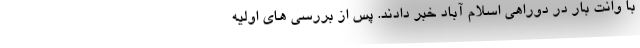
با وانت بار در دوراهی اسلام آباد خبر دادند. پس از بررسی های اولیه